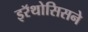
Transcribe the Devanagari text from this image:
इरॅथोसिसने